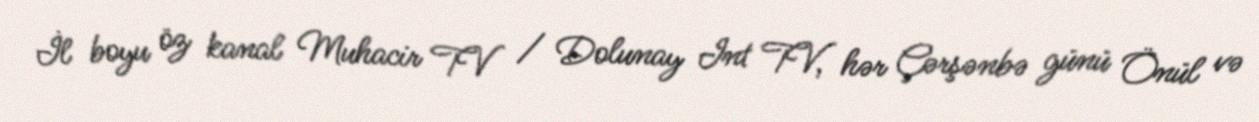
İl boyu öz kanal Muhacir TV / Dolunay Int TV, hər Çərşənbə günü Önül və